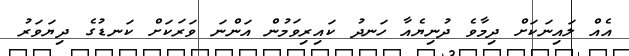
އެއް ލައިނަކަށް ދިމާވެ ދުނިޔެއާ ހަނދު ކައިރިވަމުން އަންނަ ވަރަކަށް ކަނޑުގެ ދިޔަވަރު